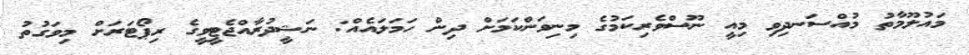
މައުލޫމާތު މުއްސަނދިވި މިއީ ނޫސްވެރިކަމުގެ މިނިވަންކަމަށް ދިން ހަމަލައެއް: ނަޝީދުރާއްޖެޓީވީގެ ރިޕޯޓަރަށް މިވަގުތު